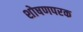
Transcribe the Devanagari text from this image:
शोषणपरक